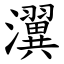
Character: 瀷